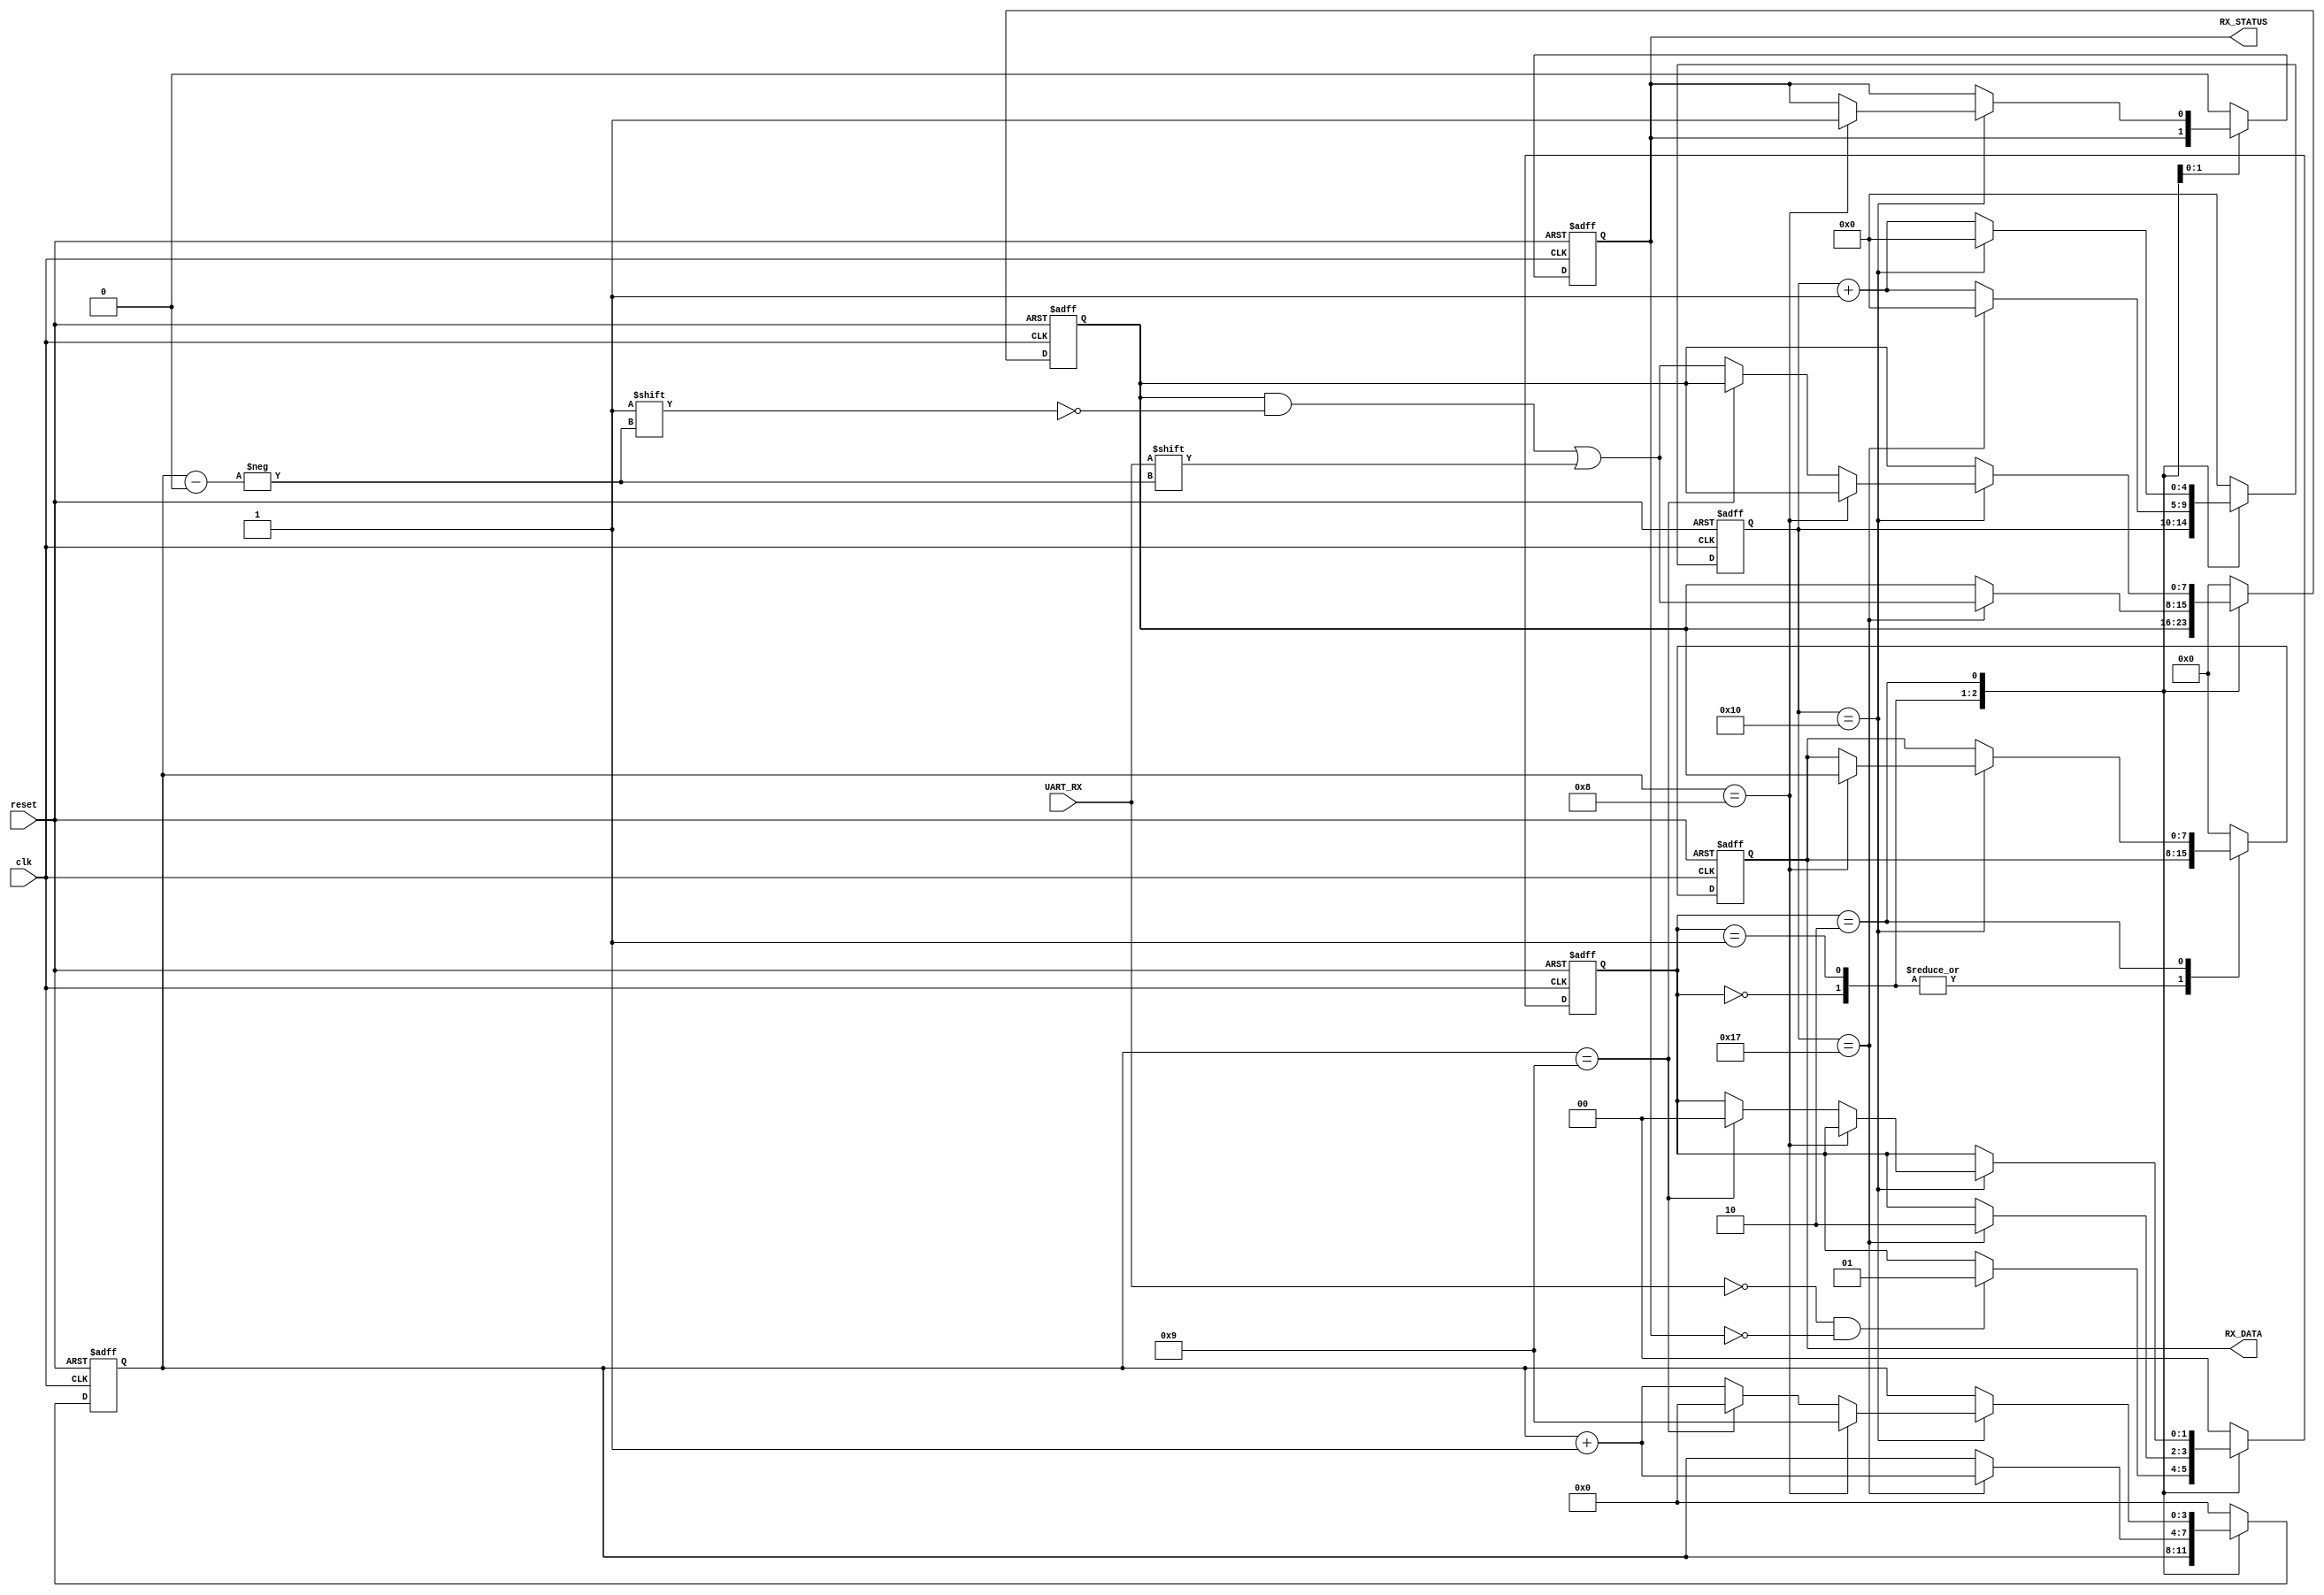
/*
module UART_receiver(reset,quick_clk,uart_rx,rx_data,rx_status);

input uart_rx,quick_clk,reset;
output [7:0] rx_data;
output rx_status;
reg [7:0] rx_data;
reg rx_status;
reg [8:0] cnt;
reg sample_enable;

initial
begin
	sample_enable <= 0;
	rx_status <= 0;
	cnt <= 0;
	rx_data <= 0;
end

always @(negedge reset or posedge quick_clk)
begin
if(~reset)
begin
	sample_enable <= 0;
	rx_status <= 0;
	cnt <= 0;
	rx_data <= 0;
end
else
begin
	if(~uart_rx)
	begin
		if(~sample_enable)
		begin
			sample_enable <= 1;
			cnt <= 0;
		end
	end
	if(cnt == 9'd164)
	begin
		sample_enable <= 0;
		cnt <= 0;
	end
	if(sample_enable)
	begin
		cnt <= cnt + 1;
	end
	case (cnt)
		9'd22 : begin rx_data[0] <= uart_rx; end
		9'd38 : begin rx_data[1] <= uart_rx; end 
		9'd54 : begin rx_data[2] <= uart_rx; end 
		9'd70 : begin rx_data[3] <= uart_rx; end // 8'd70 :
		9'd86 : begin rx_data[4] <= uart_rx; end // 8'd86 :
		9'd102 : begin rx_data[5] <= uart_rx; end // 8'd102 :
		9'd118 : begin rx_data[6] <= uart_rx; end // 8'd118 :
		9'd134 : begin rx_data[7] <= uart_rx; end // 8'd134 :
		9'd138 : begin rx_status <= 1; end // 8'd138 :
		9'd160 : begin	rx_status <= 0; end // 8'd139 :

		default : ;
	endcase
	end
end

endmodule // UART_Receiver
*/

module UART_receiver(reset,clk,UART_RX,RX_DATA,RX_STATUS);
input reset,clk,UART_RX;
output reg [7:0]RX_DATA;
output reg RX_STATUS;

reg [1:0] state;
reg [4:0] count;
reg [3:0] num;
reg [7:0] data;

initial
begin
RX_DATA <= 8'b0000_0000;
RX_STATUS <= 0;
state <=2'b00;
count<=0;
num<=0;
data<=0;
end

always @(posedge clk or negedge reset)
begin

if(~reset)
begin
	RX_DATA <= 8'b0000_0000;
	RX_STATUS <= 0;
	state <=2'b00;
	count<=0;
	num<=0;
	data<=0;
end

else
begin
	case(state)
	
	2'b00:
	begin
		RX_STATUS<=0;
		if(~UART_RX && ~RX_STATUS)
			state<=2'b01;
	end
	
	2'b01:
	begin
		if(count==23)
		begin
			state<=2'b10;
			count<=0;
			data[num]<=UART_RX;
			num=num+1;
		end
		
		else
		begin
			count=count+1;
		end
	end
	
	2'b10:
	begin
		if(count==16)
		begin
			count<=0;
			if(num==8)
			begin
				RX_STATUS<=1;
				RX_DATA<=data;
				num<=9;
			end
				
			else if(num==9)
			begin
				num<=0;
				state<=0;
			end
			
			else
			begin
				data[num]<=UART_RX;
				num=num+1;
			end
		end
		
		else
		begin
			count=count+1;
		end
	end
	
	default:
	begin
		RX_DATA <= 8'b0000_0000;
		RX_STATUS <= 0;
		state <=2'b00;
		count<=0;
		num<=0;
		data<=0;
	end
	
	endcase
end

end


endmodule